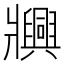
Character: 𬌐